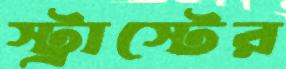
স্ট্রাস্টের